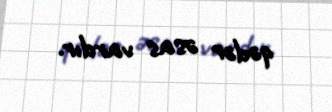
qədər əsas vardır.